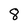
Character: 8